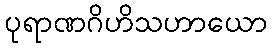
ပုရာဏဂိဟိသဟာယော